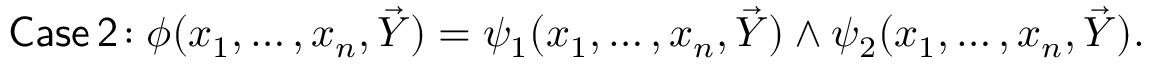
{ \mathsf { C a s e \, 2 \! : } } \; \phi ( x _ { 1 } , \ldots , x _ { n } , { \vec { Y } } ) = \psi _ { 1 } ( x _ { 1 } , \ldots , x _ { n } , { \vec { Y } } ) \land \psi _ { 2 } ( x _ { 1 } , \ldots , x _ { n } , { \vec { Y } } ) .